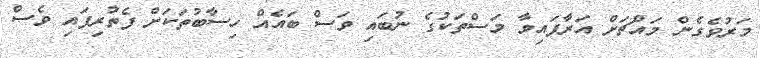
މަރުވެގެން މައްޗަށް އަރާފައިވާ މަސްތަކުގެ ނުބައި ވަސް ބައެއް ހިސާބުތަކަށް ފެތުރިފައި ވެސް